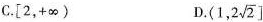
C. [2, +\infty) D. (1, 2 \sqrt{2} ]